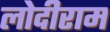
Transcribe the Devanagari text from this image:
लोदीराम